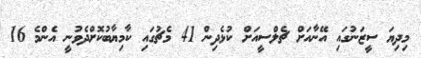
މިދިޔަ ސީޒަނުގައި އޭނާއަށް ޗެލްސީއަށް ކުޅެދިން 41 މެޗުގައި ކާމިޔާބުކޮށްދެވުނީ އެންމެ 16